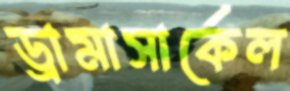
ড্রামাসার্কেল